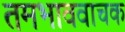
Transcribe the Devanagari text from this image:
तमभाववाचक